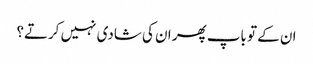
ان کے تو باپ پھر ان کی شادی نہیں کرتے؟